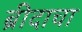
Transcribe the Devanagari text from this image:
ब्रीदाचा